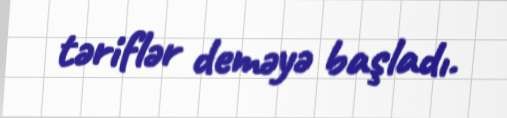
təriflər deməyə başladı.